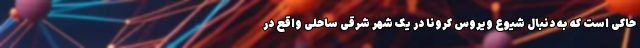
حاکی است که به دنبال شیوع ویروس کرونا در یک شهر شرقی ساحلی واقع در